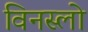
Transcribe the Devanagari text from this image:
विनस्‍लो